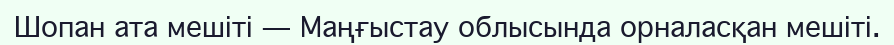
Шопан ата мешіті — Маңғыстау облысында орналасқан мешіті.